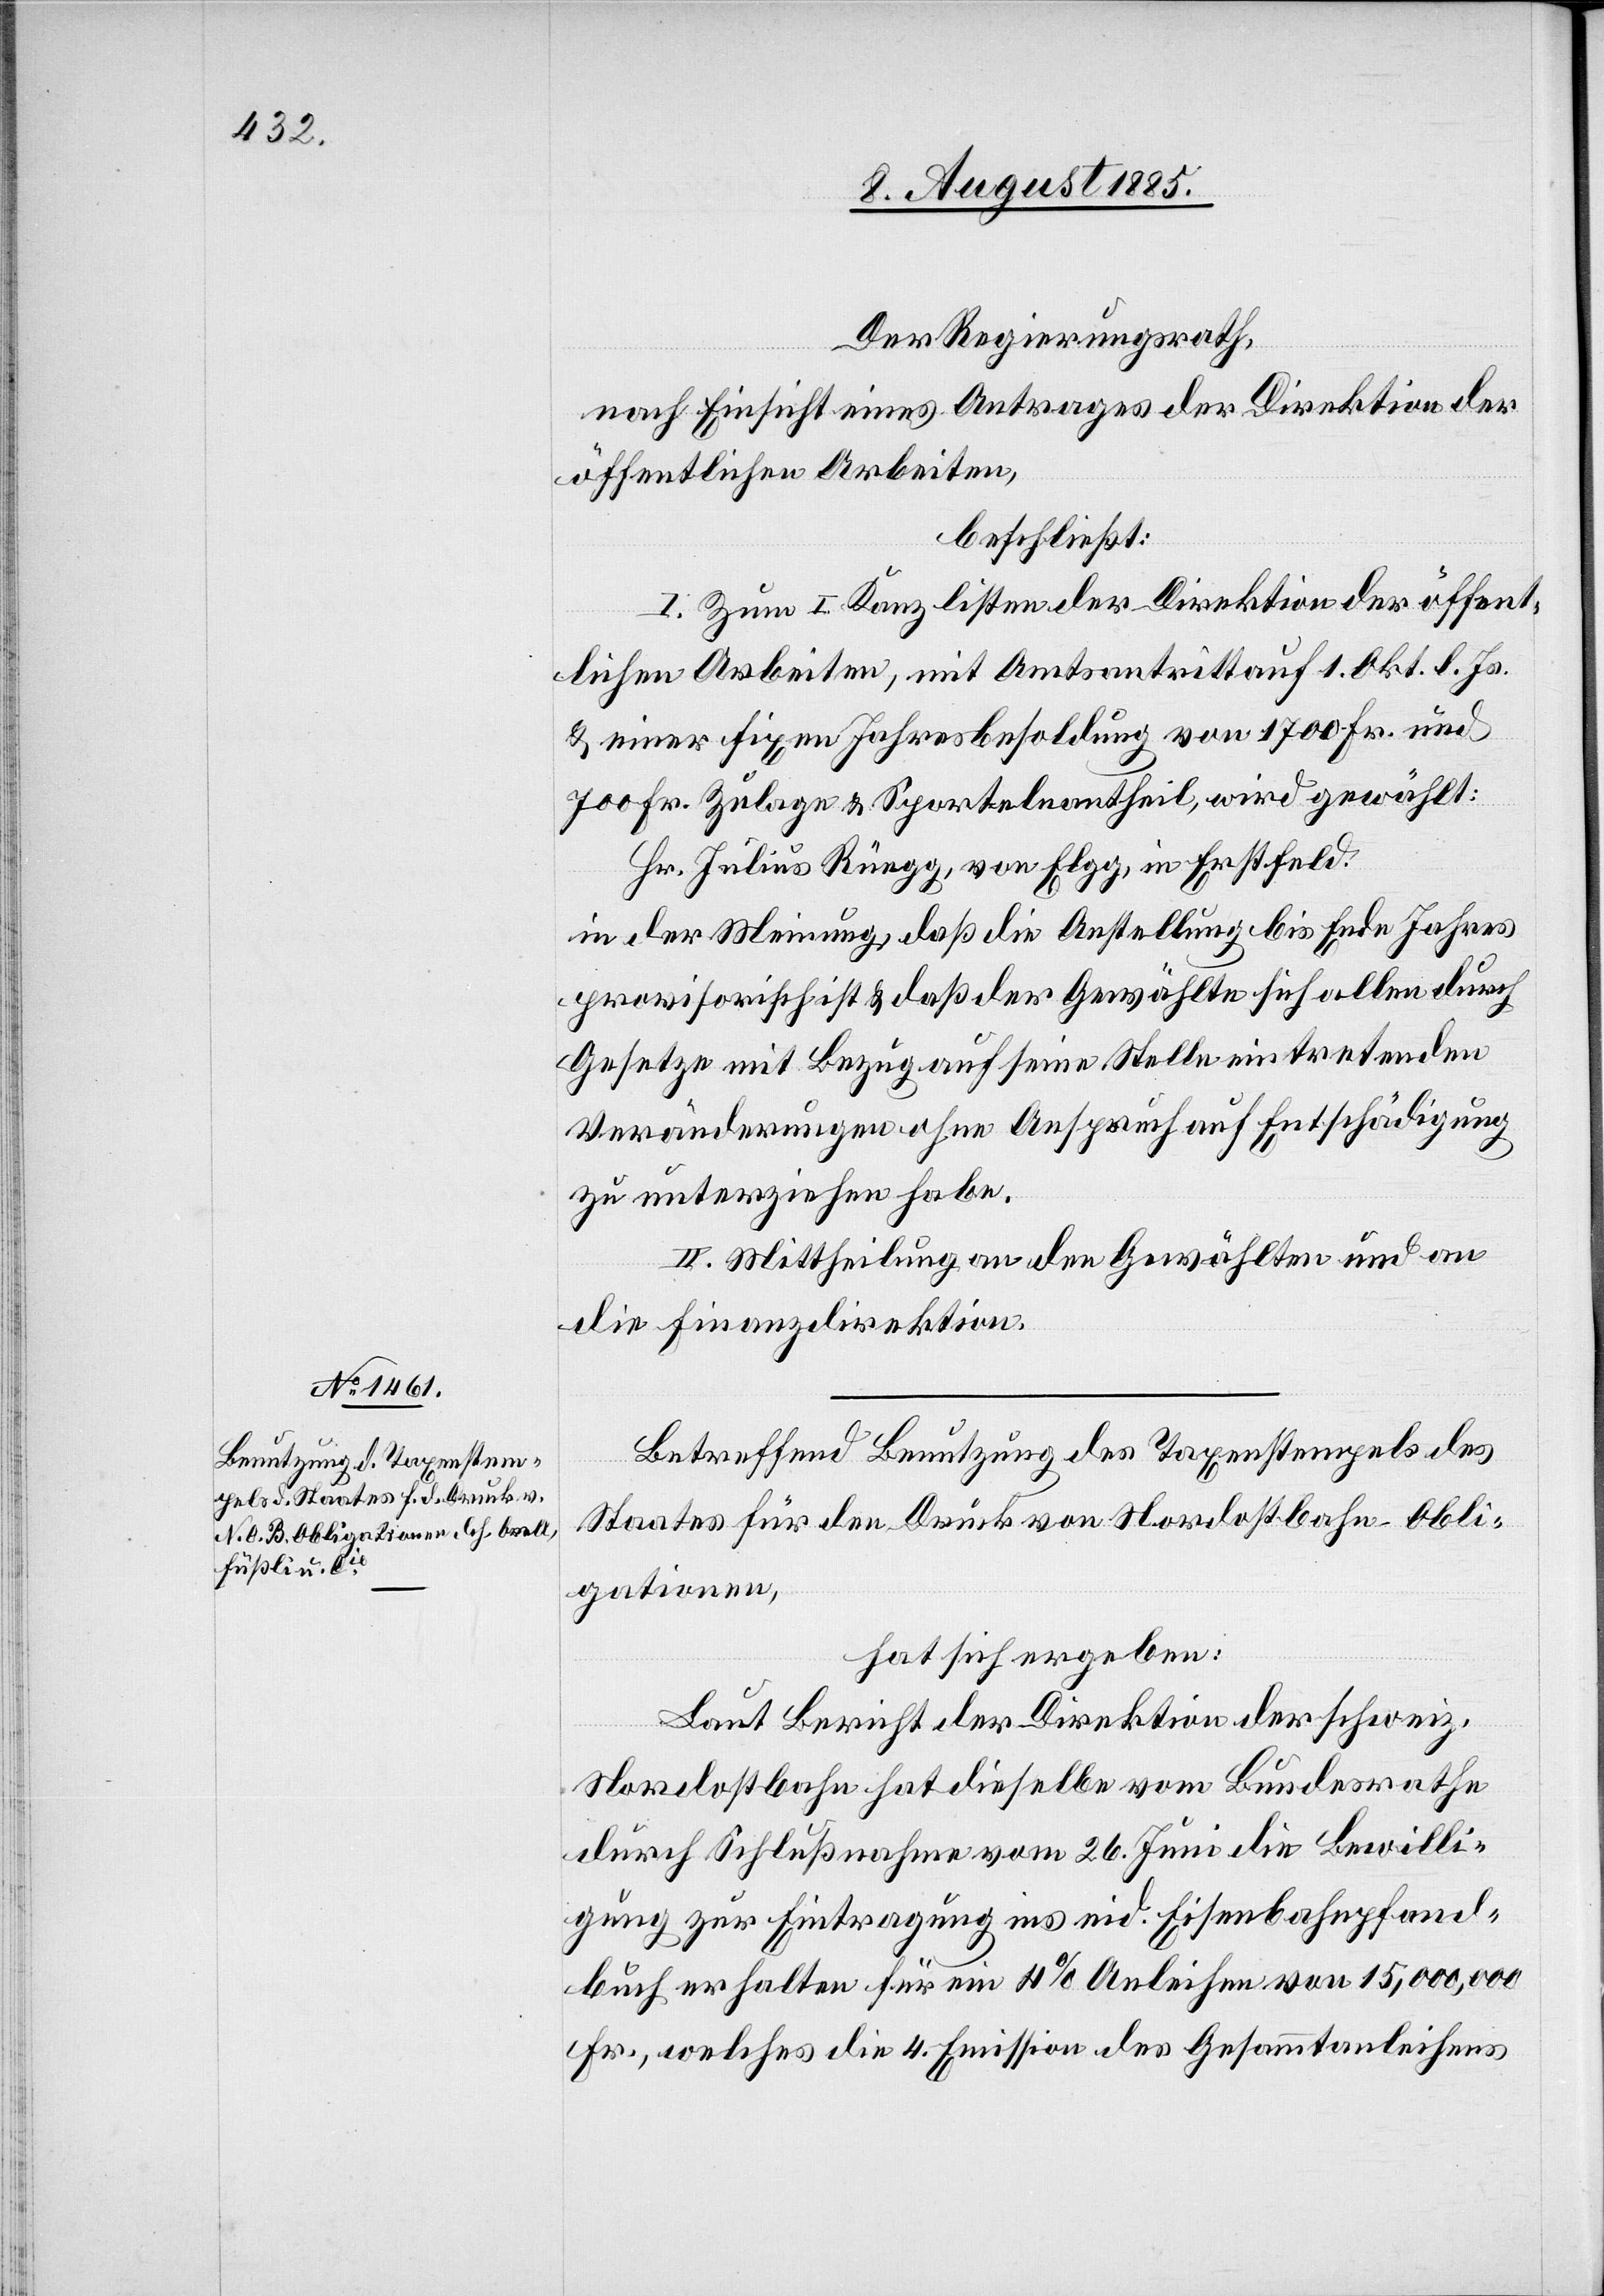
Der Regierungsrath,
nach Einsicht eines Antrages der Direktion der
öffentlichen Arbeiten,
beschließt:
I. Zum I. Kanzlisten der Direktion der öffent¬
lichen Arbeiten, mit Amtsantritt auf 1. Okt. l. Js.
& einer fixen Jahresbesoldung von 1700 Fr. und
700 Fr. Zulage & Sportelnantheil, wird gewählt:
Hr. Julius Rüegg, von Elgg, in Erstfeld
in der Meinung, daß die Anstellung bis Ende [des] Jahres
provisorisch ist & daß der Gewählte sich allen durch
Gesetze mit Bezug auf seine Stelle eintretenden
Veränderungen ohne Anspruch auf Entschädigung
zu unterziehen habe.
II. Mittheilung an den Gewählten und an
die Finanzdirektion.
Betreffend Benutzung des Taxenstempels des
Staates für den Druck von Nordostbahn-Obli¬
gationen,
hat sich ergeben:
Laut Bericht der Direktion der schweiz.
Nordostbahn hat dieselbe vom Bundesrathe
durch Schlußnahme vom 26. Juni die Bewilli¬
gung zur Eintragung ins eid. Eisenbahnpfand¬
buch erhalten für ein 4% Anleihen von 15,000,000
Fr., welches die 4. Emission des Gesammtanleihens